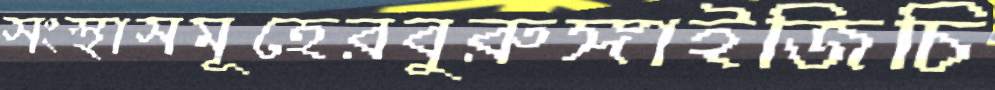
সংস্থাসমূহেরবুরুঙ্গাইজিচি